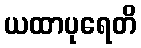
ယထာပုရေတိ